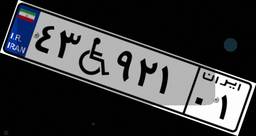
۳۹W۷۴۹۶۳